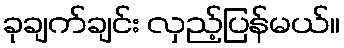
ခုချက်ချင်း လှည့်ပြန်မယ်။